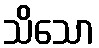
သိသော